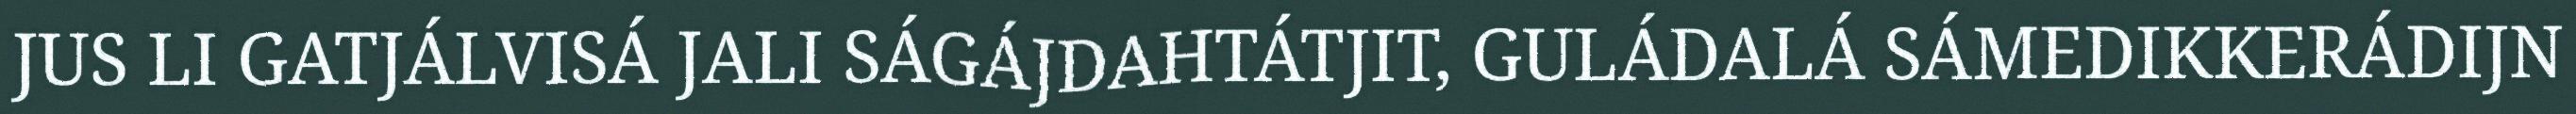
JUS LI GATJÁLVISÁ JALI SÁGÁJDAHTÁTJIT, GULÁDALÁ SÁMEDIKKERÁDIJN